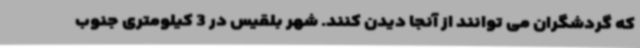
که گردشگران می توانند از آنجا دیدن کنند. شهر بلقیس در 3 کیلومتری جنوب